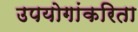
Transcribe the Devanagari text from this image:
उपयोगांकरिता